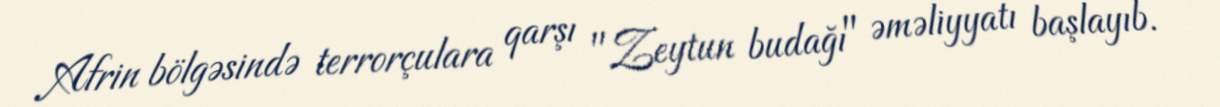
Afrin bölgəsində terrorçulara qarşı "Zeytun budağı" əməliyyatı başlayıb.